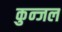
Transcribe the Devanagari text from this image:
कुन्जल